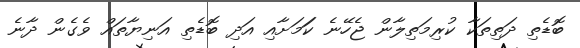
ބޮޑެތި ދަތިތަކާ ކުރިމަތިލާން ޖެހޭނެ ކަަމަށާއި އަދި ބޮޑެތި އަނިޔާތައް ވެގެން ދާނެ